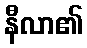
နီလာ၏